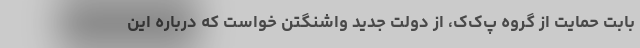
بابت حمایت از گروه پ‌ک‌ک، از دولت جدید واشنگتن خواست که درباره این